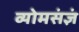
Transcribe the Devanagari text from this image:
व्योमसंज्ञं